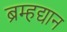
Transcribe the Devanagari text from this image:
ब्रम्हद्यान